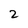
Character: 2